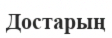
Достарың